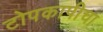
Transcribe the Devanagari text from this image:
टोपकापीचा